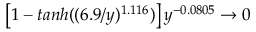
\left[ 1 - t a n h ( ( 6 . 9 / y ) ^ { 1 . 1 1 6 } ) \right] y ^ { - 0 . 0 8 0 5 } \rightarrow 0